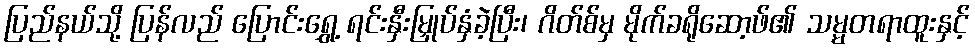
ပြည်နယ်သို့ ပြန်လည် ပြောင်းရွှေ့ ရင်းနှီးမြှုပ်နှံခဲ့ပြီး၊ ဂိတ်စ်မှ မိုက်ခရိုဆော့ဖ်၏ သမ္မတရာထူးနှင့်